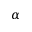
\alpha